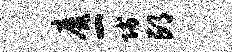
靡一贱邙